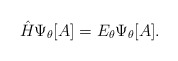
\begin{align*}{\hat H}\Psi_\theta[A]= E_\theta\Psi_\theta[A].\end{align*}